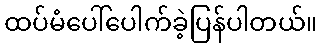
ထပ်မံပေါ်ပေါက်ခဲ့ပြန်ပါတယ်။